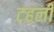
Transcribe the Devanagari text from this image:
टहली